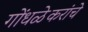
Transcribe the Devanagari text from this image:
गोंधळेकरांचे